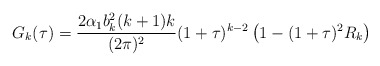
\begin{align*}G_{k}(\tau)=\frac{2\alpha_{1}b_{k}^{2}(k+1)k}{(2\pi)^{2}}(1+\tau)^{k-2}\left(1-(1+\tau)^{2}R_{k}\right)\end{align*}